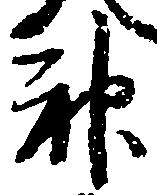
神